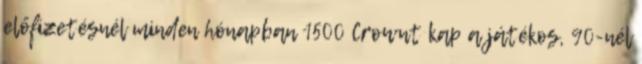
előfizetésnél minden hónapban 1500 Crownt kap a játékos, 90-nél